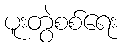
ပူးတွဲစစ်ရေး